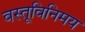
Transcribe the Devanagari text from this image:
वस्तूविनिमय